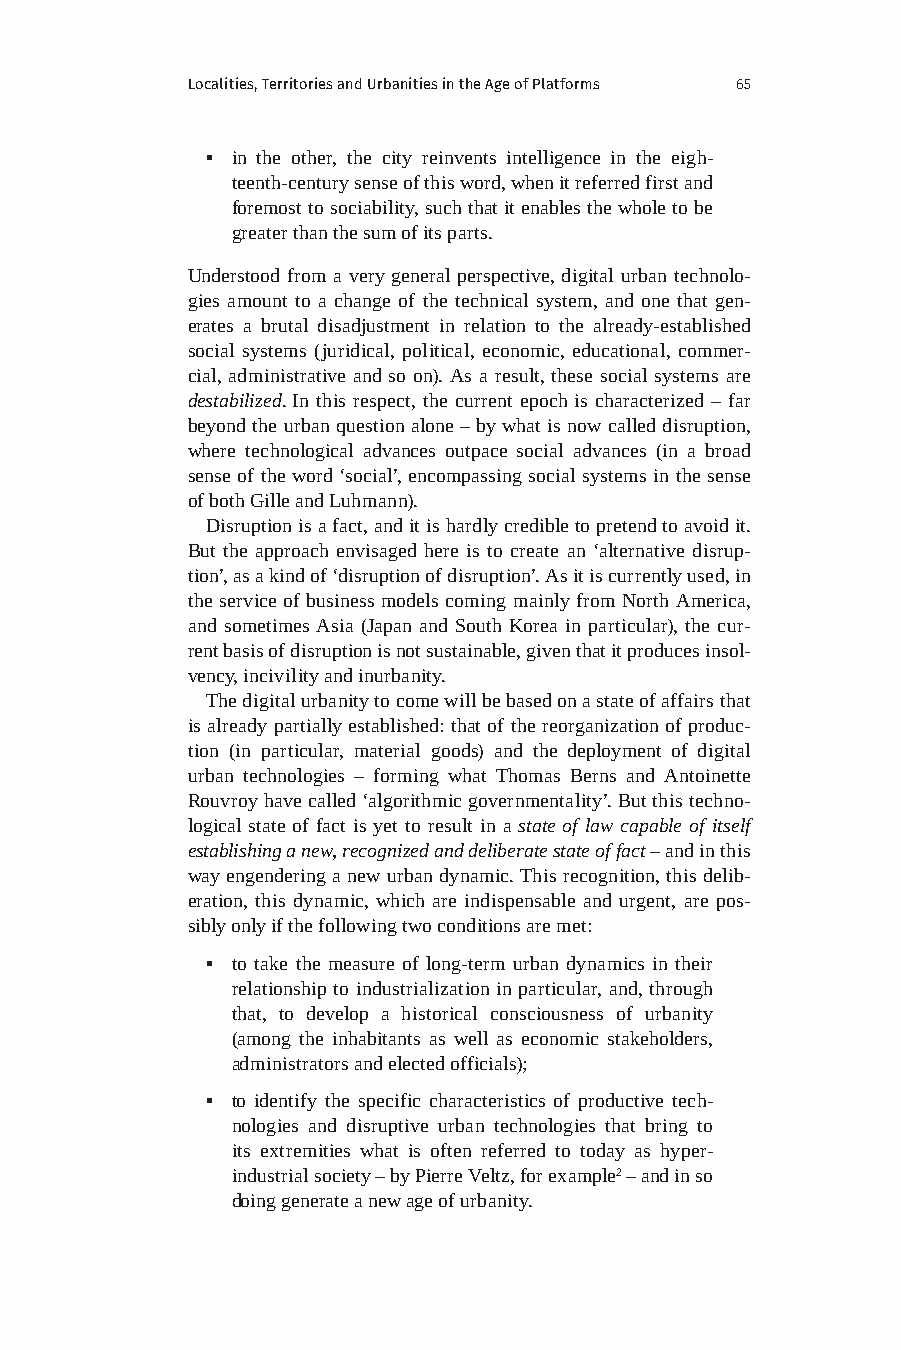
Localities, Territories and Urbanities in the Age of Platforms 65
 ▪ in the other, the city reinvents intelligence in the eigh-
 teenth-century sense of this word, when it referred first and
 foremost to sociability, such that it enables the whole to be
 greater than the sum of its parts.
 Understood from a very general perspective, digital urban technolo-
 gies amount to a change of the technical system, and one that gen-
 erates a brutal disadjustment in relation to the already-established
 social systems (juridical, political, economic, educational, commer-
 cial, administrative and so on). As a result, these social systems are
 destabilized. In this respect, the current epoch is characterized – far
 beyond the urban question alone – by what is now called disruption,
 where technological advances outpace social advances (in a broad
 sense of the word ‘social’, encompassing social systems in the sense
 of both Gille and Luhmann).
 Disruption is a fact, and it is hardly credible to pretend to avoid it.
 But the approach envisaged here is to create an ‘alternative disrup-
 tion’, as a kind of ‘disruption of disruption’. As it is currently used, in
 the service of business models coming mainly from North America,
 and sometimes Asia (Japan and South Korea in particular), the cur-
 rent basis of disruption is not sustainable, given that it produces insol-
 vency, incivility and inurbanity.
 The digital urbanity to come will be based on a state of affairs that
 is already partially established: that of the reorganization of produc-
 tion (in particular, material goods) and the deployment of digital
 urban technologies – forming what Thomas Berns and Antoinette
 Rouvroy have called ‘algorithmic governmentality’. But this techno-
 logical state of fact is yet to result in a state of law capable of itself
 establishing a new, recognized and deliberate state of fact – and in this
 way engendering a new urban dynamic. This recognition, this delib-
 eration, this dynamic, which are indispensable and urgent, are pos-
 sibly only if the following two conditions are met:
 ▪ to take the measure of long-term urban dynamics in their
 relationship to industrialization in particular, and, through
 that, to develop a historical consciousness of urbanity
 (among the inhabitants as well as economic stakeholders,
 administrators and elected officials);
 ▪ to identify the specific characteristics of productive tech-
 nologies and disruptive urban technologies that bring to
 its extremities what is often referred to today as hyper-
 industrial society – by Pierre Veltz, for example2 – and in so
 doing generate a new age of urbanity.